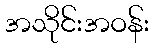
အသိုင်းအဝန်း